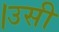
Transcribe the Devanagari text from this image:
।उसी